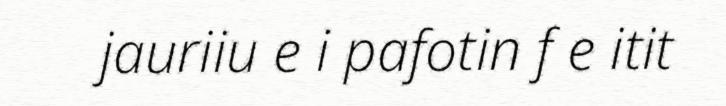
jauriiu e i pafotin f e itit